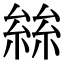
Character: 𡮟